38_143685_box7_Incident_Summaries_1-100
Agency: Department of War
Page 3
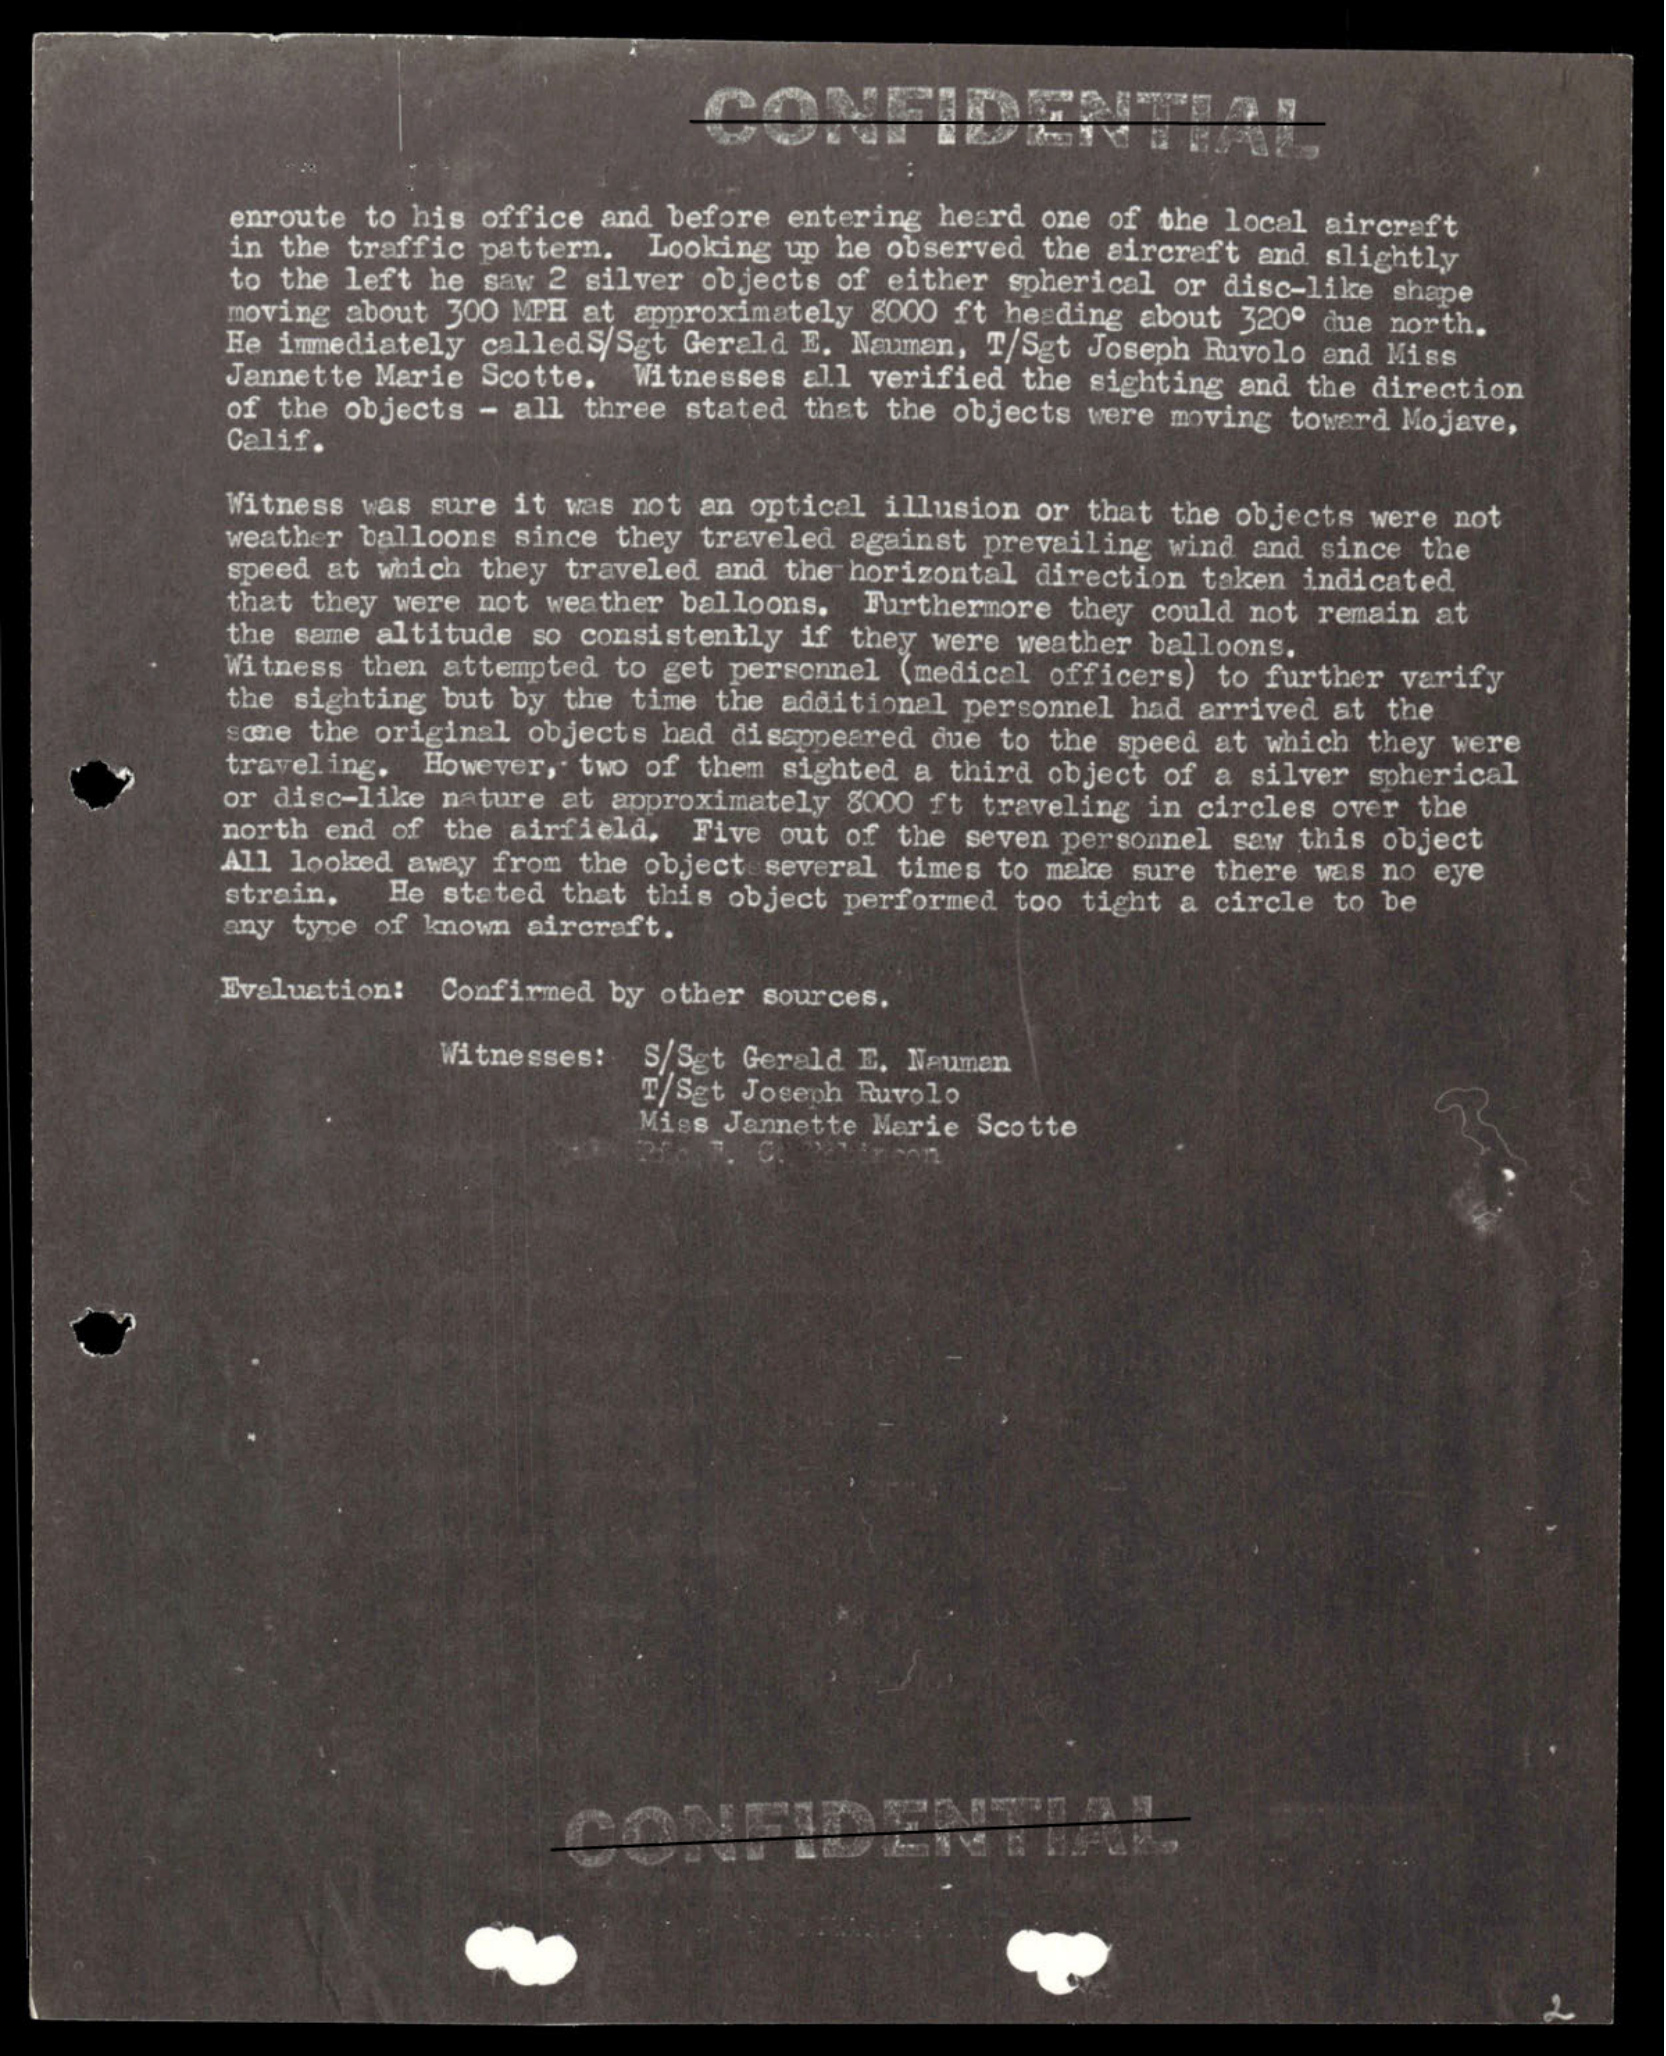